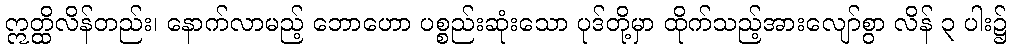
ဣတ္ထိလိန်တည်း၊ နောက်လာမည့် ဘောဟော ပစ္စည်းဆုံးသော ပုဒ်တို့မှာ ထိုက်သည့်အားလျော်စွာ လိန် ၃ ပါး၌